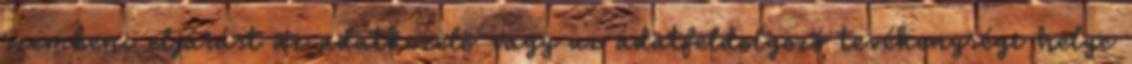
szembeni eljárást az adatkezelő vagy az adatfeldolgozó tevékenységi helye